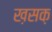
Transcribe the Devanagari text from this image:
ख़सक़